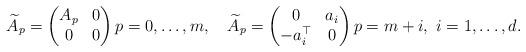
LaTeX: \begin{align*}\widetilde A_p = \begin{pmatrix}A_p & 0 \\ 0 & 0 \end{pmatrix} p=0,\ldots,m,\quad\widetilde A_p = \begin{pmatrix}0 & a_i \\ -a_i^\top & 0 \end{pmatrix} p=m+i,\ i=1,\ldots,d.\end{align*}